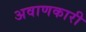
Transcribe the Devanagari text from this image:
अवाणकारी